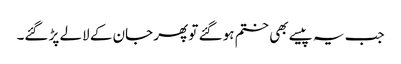
جب یہ پیسے بھی ختم ہو گئے تو پھر جان کے لالے پڑ گئے۔